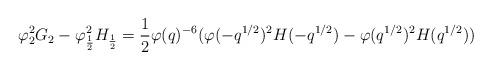
LaTeX: \begin{align*} \varphi_2^2G_2-\varphi_\frac{1}{2}^2H_\frac{1}{2} = \dfrac{1}{2}\varphi(q)^{-6}(\varphi(-q^{1/2})^2H(-q^{1/2})-\varphi(q^{1/2})^2H(q^{1/2}))\end{align*}